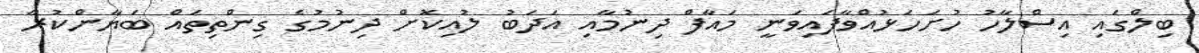
ބިލްގައި އިސްލާހު ހުށަހަޅުއްވާފައިވަނީ މައާފް ދިނުމާއި އަދަބު ލުއިކޮށް ދިނުމުގެ ގިންތިތައް ބަޔާންކުރާ